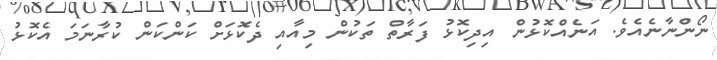
ނޯންނާނެއެވެ. އަނެއްކޮޅުން އިދިކޮޅު ފަރާތް ތަކުން މިއާއި ދެކޮޅަށް ކަންކަން ކުރާނަމަ އެކޮޅު